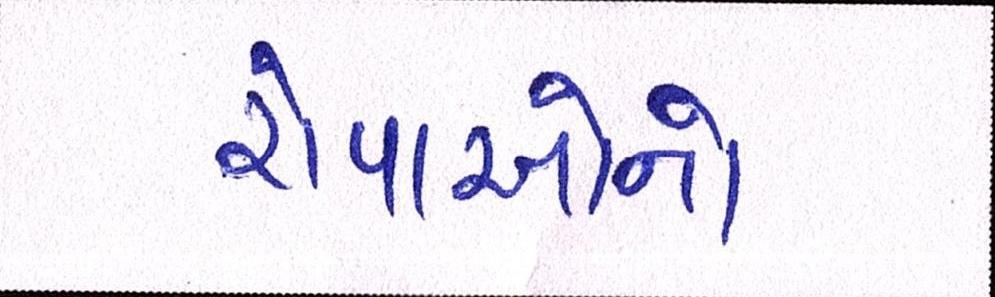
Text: રોપાઓનો